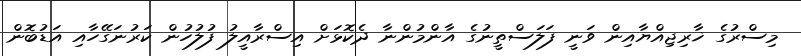
މިސްރުގެ ޚާރިޖިއްޔާއިން ވަނީ ފަލަސްތީނުގެ އާންމުންނާ ދެކޮޅަށް އިސްރާއީލު ފުލުހުން ކަރުނަގޭހާއި އަޑުބޮން